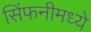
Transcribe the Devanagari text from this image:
सिंफनीमध्ये